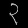
Digit: ၃